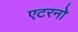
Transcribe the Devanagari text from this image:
एटरनो